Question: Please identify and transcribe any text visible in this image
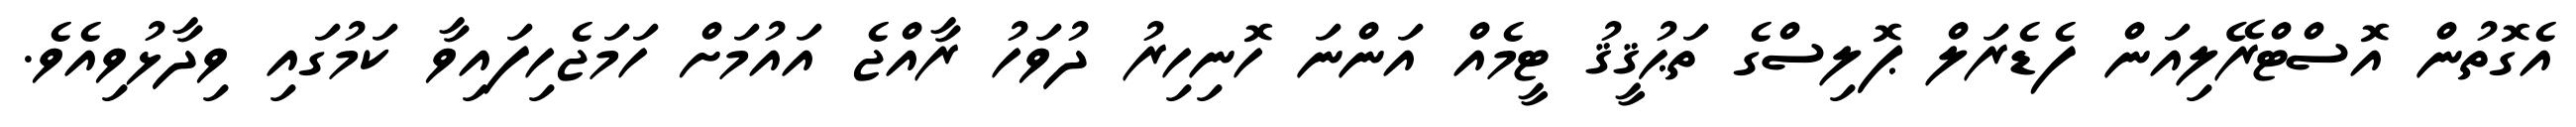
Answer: އެގޮތުން އޮސްޓްރޭލިއަން ފެޑެރަލް ޕޮލިސްގެ ތަޙުޤީޤު ޓީމެއް އަންނަ ހޮނިހިރު ދުވަހު ރާއްޖެ އައުމަށް ހަމަޖެހިފައިވާ ކަމުގައި ވިދާޅުވިއެވެ.